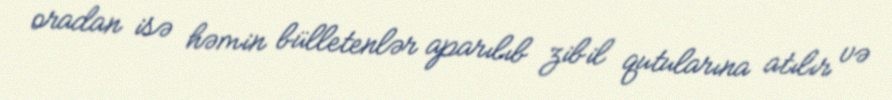
oradan isə həmin bülletenlər aparılıb zibil qutularına atılır və